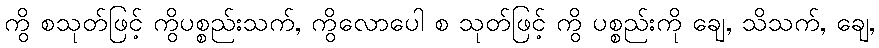
ကွိ စသုတ်ဖြင့် ကွိပစ္စည်းသက်, ကွိလောပေါ စ သုတ်ဖြင့် ကွိ ပစ္စည်းကို ချေ, သိသက်, ချေ,